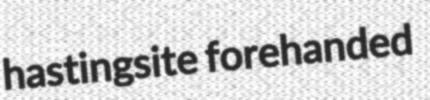
hastingsite forehanded